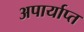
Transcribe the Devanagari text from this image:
अपार्याप्त